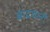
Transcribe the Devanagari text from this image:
बादबानी